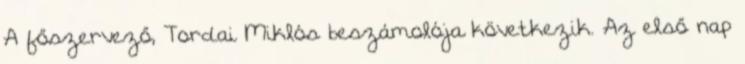
A főszervező, Tordai Miklós beszámolója következik. Az első nap